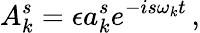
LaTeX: A_{k}^{s}=\epsilon a_{k}^{s}e^{-is\omega_{k}t}\, ,